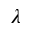
\lambda